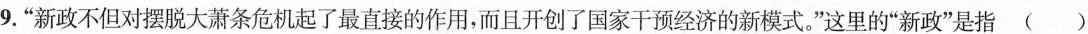
9.“新政不但对摆脱大萧条危机起了最直接的作用，而且开创了国家干预经济的新模式。”这里的“新政”是指（）